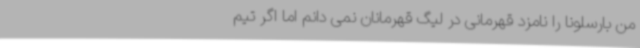
من بارسلونا را نامزد قهرمانی در لیگ قهرمانان نمی دانم اما اگر تیم